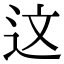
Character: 这